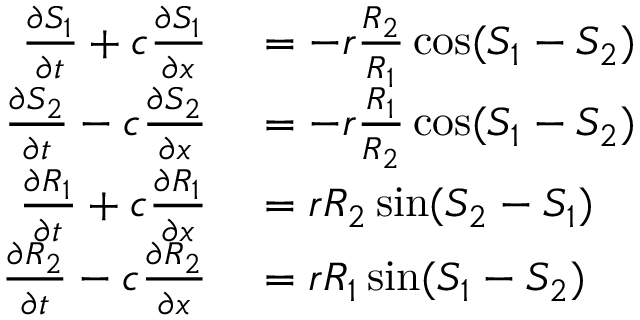
\begin{array} { r l } { \frac { \partial S _ { 1 } } { \partial t } + c \frac { \partial S _ { 1 } } { \partial x } } & { { } = - r \frac { R _ { 2 } } { R _ { 1 } } \cos ( S _ { 1 } - S _ { 2 } ) } \\ { \frac { \partial S _ { 2 } } { \partial t } - c \frac { \partial S _ { 2 } } { \partial x } } & { { } = - r \frac { R _ { 1 } } { R _ { 2 } } \cos ( S _ { 1 } - S _ { 2 } ) } \\ { \frac { \partial R _ { 1 } } { \partial t } + c \frac { \partial R _ { 1 } } { \partial x } } & { { } = r R _ { 2 } \sin ( S _ { 2 } - S _ { 1 } ) } \\ { \frac { \partial R _ { 2 } } { \partial t } - c \frac { \partial R _ { 2 } } { \partial x } } & { { } = r R _ { 1 } \sin ( S _ { 1 } - S _ { 2 } ) } \end{array}